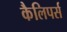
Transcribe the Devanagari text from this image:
कैलिपर्स